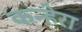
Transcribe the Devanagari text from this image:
कन्हेरा